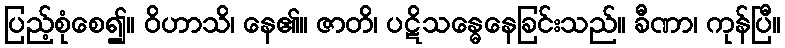
ပြည့်စုံစေ၍။ ဝိဟာသိ၊ နေ၏။ ဇာတိ၊ ပဋိသန္ဓေနေခြင်းသည်။ ခီဏာ၊ ကုန်ပြီ။